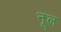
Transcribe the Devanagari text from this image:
नूल